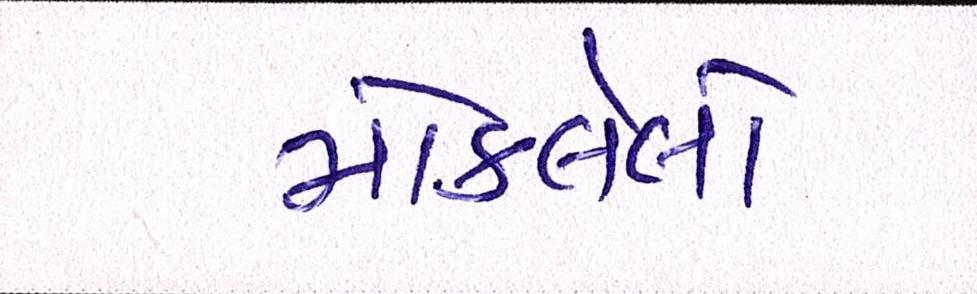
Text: મોકલેલો